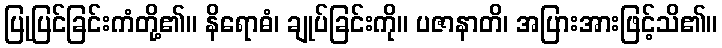
ပြုပြင်ခြင်းကံတို့၏။ နိရောဓံ၊ ချုပ်ခြင်းကို။ ပဇာနာတိ၊ အပြားအားဖြင့်သိ၏။